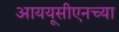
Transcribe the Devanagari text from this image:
आययूसीएनच्या